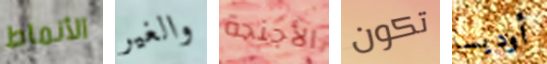
الأنماط والغير الأجنحة تكون أوديسا